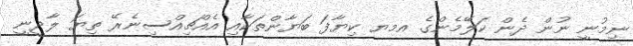
ނިމުނީ ނުން ދެން ކަލޭމެންގެ އމޔ ކިޔާފަ ބަޔާންތަކާއި އެއްޗިއްސިނެރޭ ތިޔަ ލާދީނީ